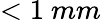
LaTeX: <1\ mm